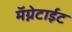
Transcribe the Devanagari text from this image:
मॅग्नेटाईट